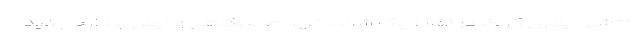
انتشار بیماری کرونا در نقاط پاک شود. خرید صبحگاهی و ایمن با طرح جدید